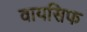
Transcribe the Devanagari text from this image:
वायसिफ